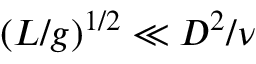
( L / g ) ^ { 1 / 2 } \ll D ^ { 2 } / \nu